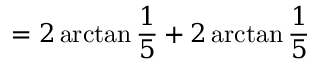
= 2 \arctan { \frac { 1 } { 5 } } + 2 \arctan { \frac { 1 } { 5 } }